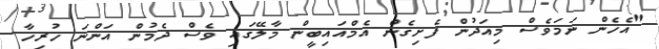
"އެހެން ނަމަވެސް މިއަދުން ފެށިގެން އެމްއައިބީން މާލޭގައި ވެސް ދެމުން އަންނަ ހުރިހާ